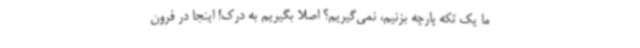
ما یک تکه پارچه بزنیم، نمی‌گیریم؟ اصلاً بگیریم به درک! اینجا در فرون